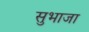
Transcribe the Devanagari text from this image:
सुभाजा